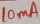
Text: 10µA